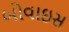
બોવાઇસ